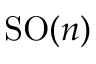
{ \mathrm { S O } } ( n )